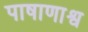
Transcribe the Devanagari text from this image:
पाषाणाश्व